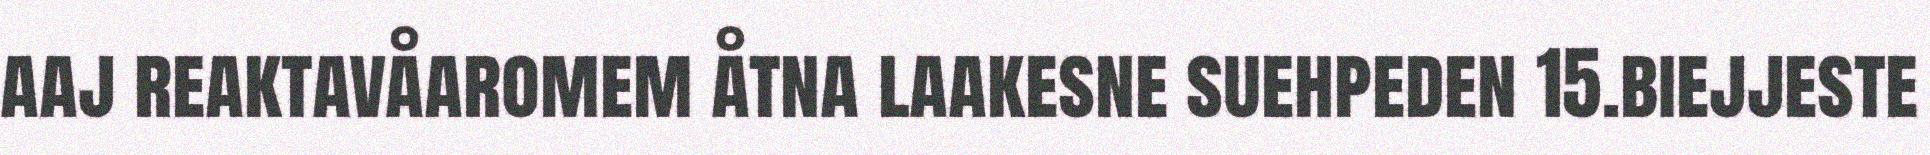
aaj reaktavåaromem åtna laakesne suehpeden 15.biejjeste